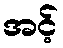
အင့်